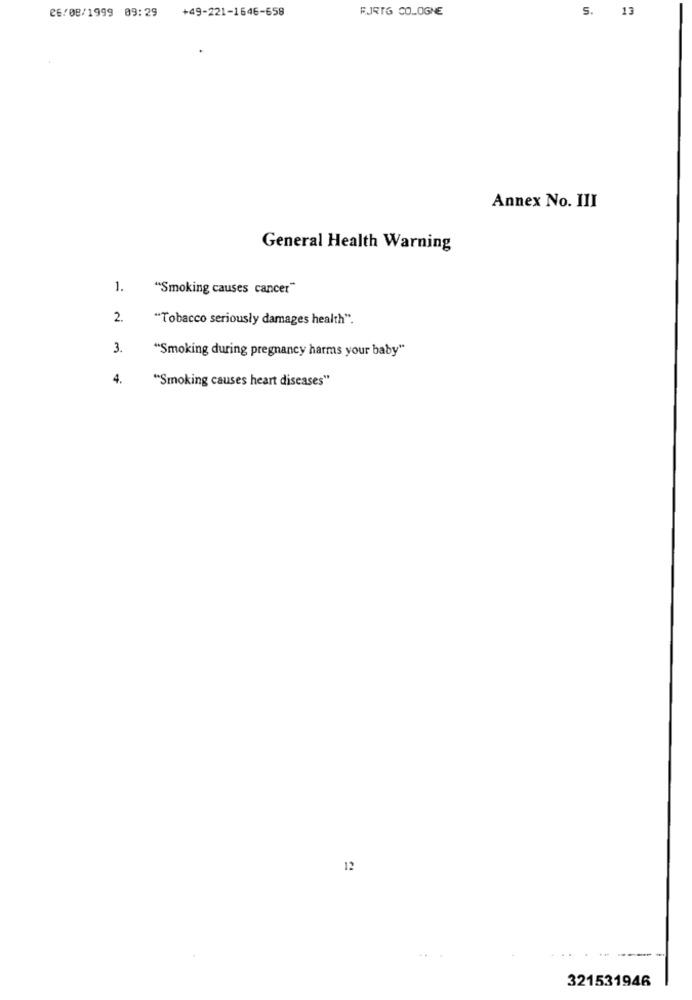
26/08/1999 09:29
+49-221-1646-658
FJRTG COLOGNE
5.
13
Annex No. III
General Health Warning
1.
"Smoking causes cancer"
2.
"Tobacco seriously damages health".
3.
"Smoking during pregnancy harms your baby"
4.
"Smoking causes heart diseases"
12
321531946